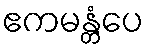
ဧကမန္တံပေ